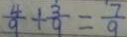
\frac { 4 } { 9 } + \frac { 3 } { 9 } = \frac { 7 } { 9 }